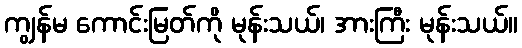
ကျွန်မ ကောင်းမြတ်ကို မုန်းသယ်၊ အားကြီး မုန်းသယ်။